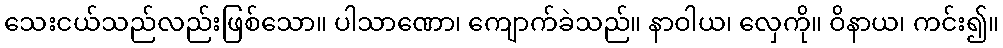
သေးငယ်သည်လည်းဖြစ်သော။ ပါသာဏော၊ ကျောက်ခဲသည်။ နာဝါယ၊ လှေကို။ ဝိနာယ၊ ကင်း၍။